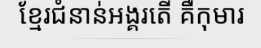
ខ្មែរជំនាន់អង្គរតើ គឺកុមារ